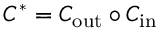
C ^ { * } = C _ { \mathrm { o u t } } \circ C _ { \mathrm { i n } }